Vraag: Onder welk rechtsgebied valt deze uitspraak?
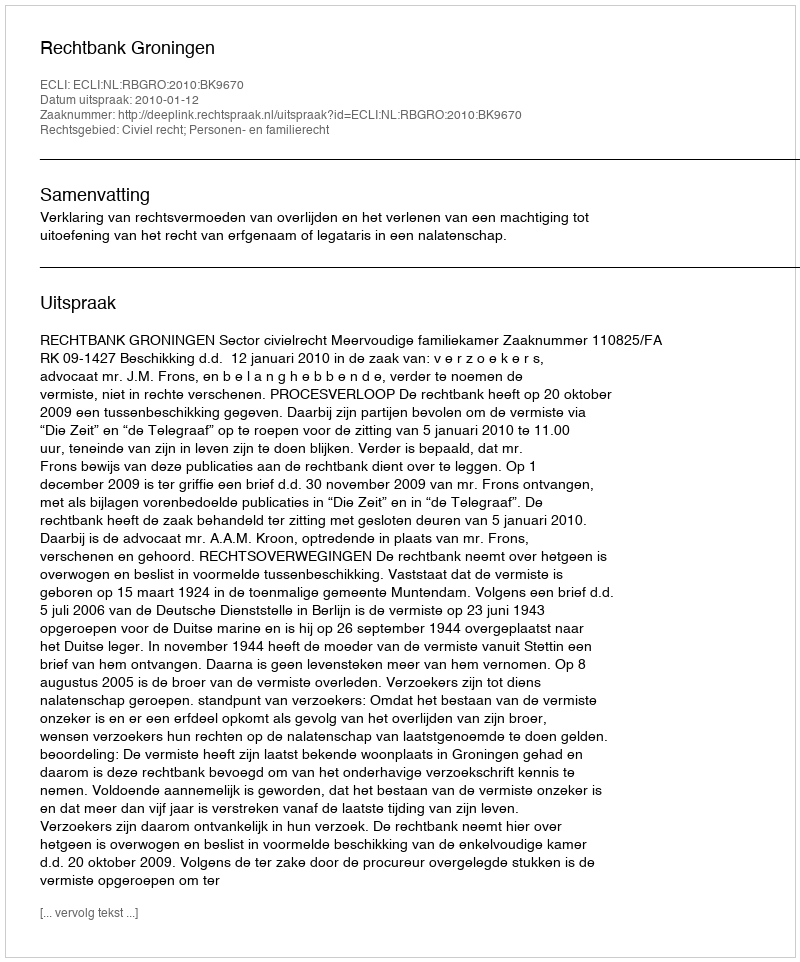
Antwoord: Civiel recht; Personen- en familierecht